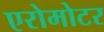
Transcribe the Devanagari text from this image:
एरोमोटर